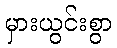
မှားယွင်းစွာ